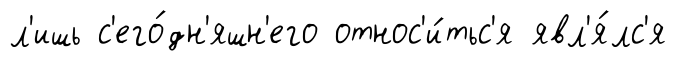
л'ишь с'его́дн'яшн'его относ'и́тьс'я явл'я́лс'я